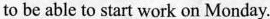
to be able to start work on Monday.